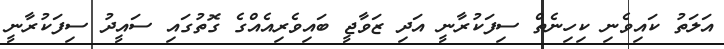
އަލަތު ކައިވެނި ކިހިނެތް ސިފަކުރާނީ އަދި ޒަވާޖީ ބައިވެރިއެއްގެ ގޮތުގައި ސައީދު ސިފަކުރާނީ